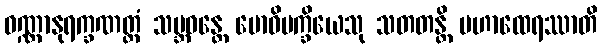
ဝဏ္ဏာနုရက္ခဏတ္ထံ သမ္ဘဝန္တေ ဗောဓိပက္ခိယေသု သတတန္တိ မဟာထေရဿာတိ